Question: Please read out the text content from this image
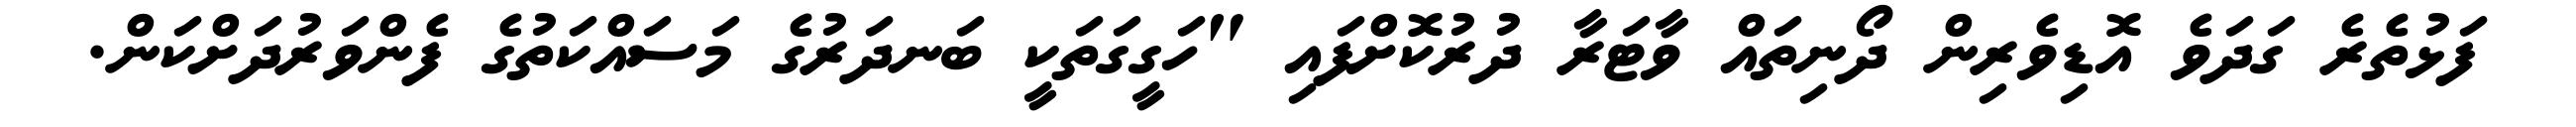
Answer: ފަޅުތެރެ ގަދަވެ އޮޑިވެރިން ދޯނިތައް ވާޓަރާ ދުރުކޮށްފައި "ހަގީގަތަކީ ބަނދަރުގެ މަސައްކަތުގެ ފެންވަރުދަށްކަން.